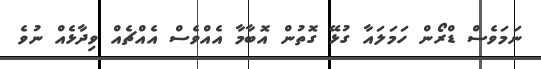
ނަމަވެސް ޑްރޯން ހަމަލައާ ގުޅޭ ގޮތުން އޮބާމާ އެއްވެސް އެއްޗެއް ވިދާޅެއް ނުވެ